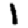
Digit: 1